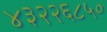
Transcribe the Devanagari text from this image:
४३२२६८५०